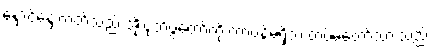
နှောင့်နှေးတတ်သည် အိုးပုတ်ပွဲတော်ကို တာဝန်မရှိဘဲ တပ်မတော်သားသည်